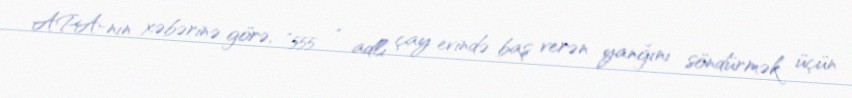
APA-nın xəbərinə görə, "555 " adlı çay evində baş verən yanğını söndürmək üçün